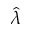
\hat { \lambda }